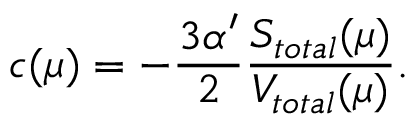
c ( \mu ) = - \frac { 3 \alpha ^ { \prime } } 2 \frac { S _ { t o t a l } ( \mu ) } { V _ { t o t a l } ( \mu ) } .